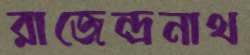
রাজেন্দ্রনাথ